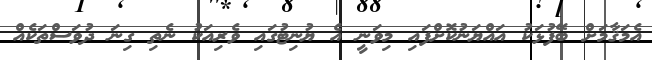
އެމަޤާމަށް ބޭފުޅަކު އައްޔަނުކޮށްފައި މިވަނީ އެ ޔުނިޓުގައި ވެރިއަކު ނެތި ގިނަ ދުވަސްތަކެއް